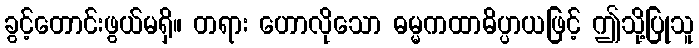
ခွင့်တောင်းဖွယ်မရှိ။ တရား ဟောလိုသော ဓမ္မကထာဓိပ္ပာယဖြင့် ဤသို့ပြုသူ